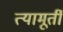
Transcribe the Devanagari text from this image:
त्यामूर्ती